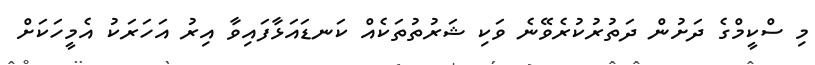
މި ސްކީމްގެ ދަށުން ދަތުރުކުރެވޭނެ ވަކި ޝަރުތުތަކެއް ކަނޑައަޅާފައިވާ އިރު އަހަރަކު އެމީހަކަށް